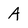
Character: A